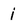
Character: j